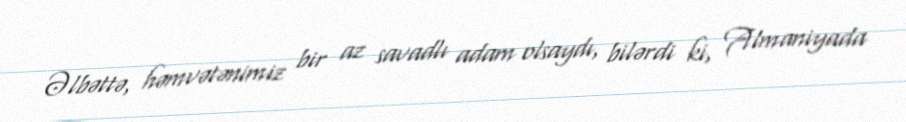
Əlbəttə, həmvətənimiz bir az savadlı adam olsaydı, bilərdi ki, Almaniyada